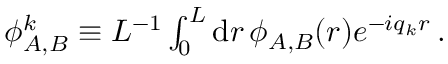
\begin{array} { r } { { \phi } _ { A , B } ^ { k } \equiv L ^ { - 1 } \int _ { 0 } ^ { L } \mathrm { d } r \, \phi _ { A , B } ( r ) e ^ { - i q _ { k } r } \, . } \end{array}